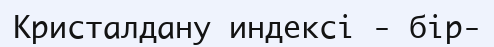
Кристалдану индексі - бір-